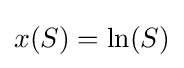
x(S)=\ln(S)